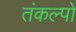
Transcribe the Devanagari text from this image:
तंकल्पों